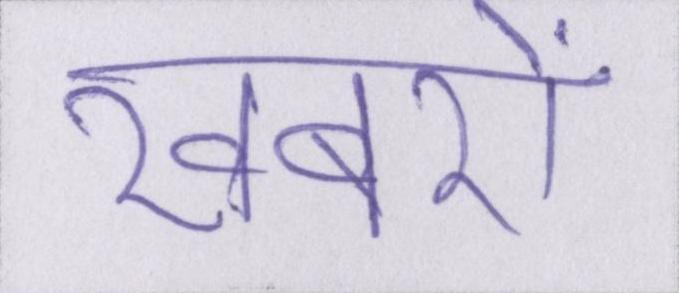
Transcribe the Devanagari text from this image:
खबरों